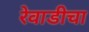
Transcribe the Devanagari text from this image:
रेवाडीचा